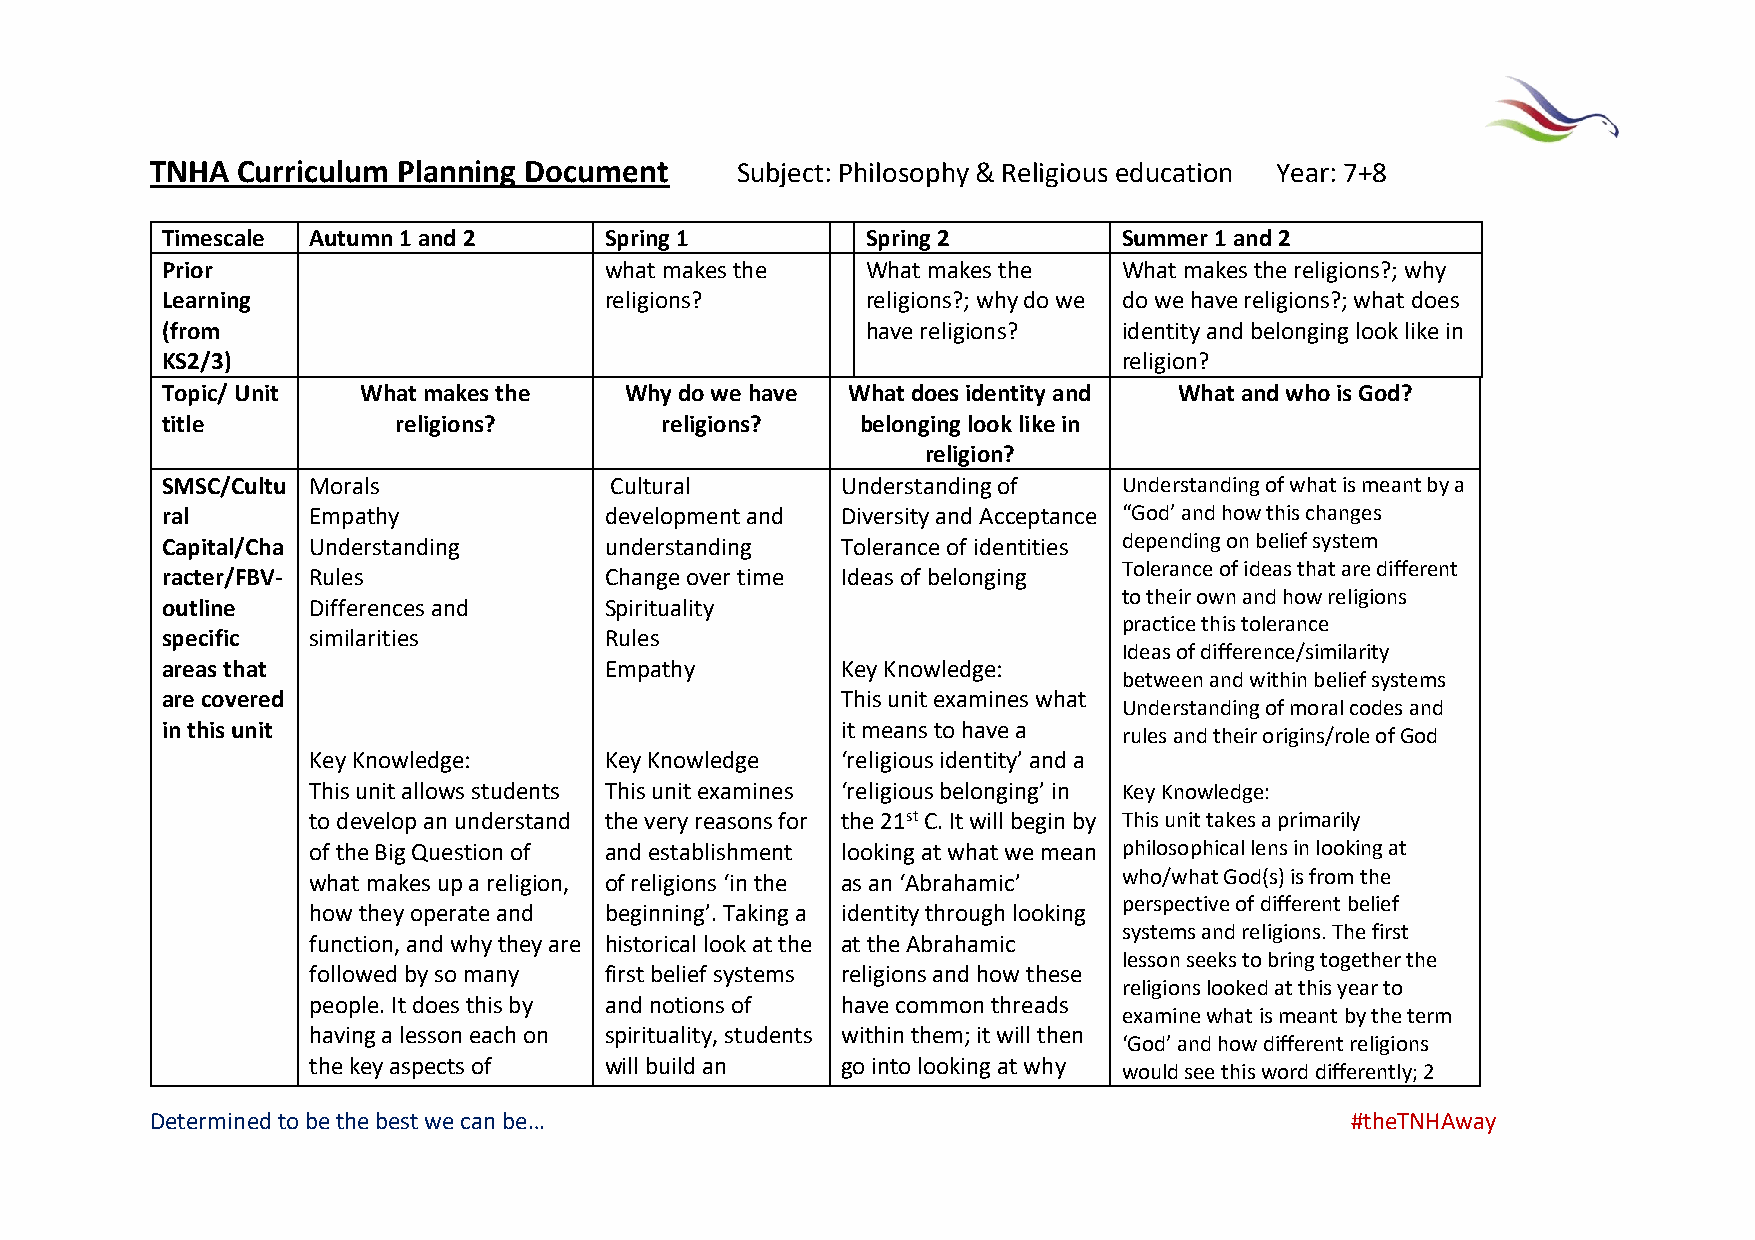
TNHA  Curriculum Planning Document     Subject: Philosophy & Religious education Year: 7+8
 Timescale Autumn 1 and 2     Spring 1         Spring 2         Summer 1 and 2
 Prior                        what makes the   What makes the   What makes the religions?; why
 Learning                     religions?       religions?; why do we do we have religions?; what does
 (from                                         have religions?  identity and belonging look like in
 KS2/3)                                                         religion?
 Topic/ Unit  What makes the   Why do we have What does identity and What and who is God?
 title          religions?        religions?   belonging look like in
 religion?
 SMSC/Cultu Morals            Cultural        Understanding of  Understanding of what is meant by a
 ral      Empathy             development and Diversity and Acceptance “God’ and how this changes
 Capital/Cha Understanding    understanding   Tolerance of identities depending on belief system
 Tolerance of ideas that are different
 racter/FBV- Rules            Change over time Ideas of belonging
 to their own and how religions
 outline  Differences and     Spirituality
 practice this tolerance
 specific similarities        Rules
 Ideas of difference/similarity
 areas that                   Empathy         Key Knowledge:
 between and within belief systems
 are covered                                  This unit examines what
 Understanding of moral codes and
 in this unit                                 it means to have a
 rules and their origins/role of God
 Key Knowledge:      Key Knowledge   ‘religious identity’ and a
 This unit allows students This unit examines ‘religious belonging’ in Key Knowledge:
 to develop an understand the very reasons for the 21st C. It will begin by This unit takes a primarily
 of the Big Question of and establishment looking at what we mean philosophical lens in looking at
 what makes up a religion, of religions ‘in the as an ‘Abrahamic’ who/what God(s) is from the
 perspective of different belief
 how they operate and beginning’. Taking a identity through looking
 systems and religions. The first
 function, and why they are historical look at the at the Abrahamic
 lesson seeks to bring together the
 followed by so many first belief systems religions and how these
 religions looked at this year to
 people. It does this by and notions of have common threads
 examine what is meant by the term
 having a lesson each on spirituality, students within them; it will then
 ‘God’ and how different religions
 the key aspects of  will build an   go into looking at why
 would see this word differently; 2
 Determined to be the best we can be…                                           #theTNHAway